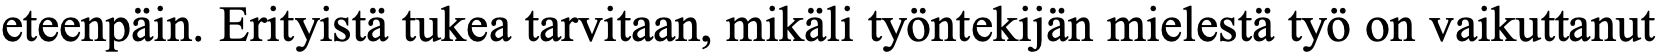
eteenpäin. Erityistä tukea tarvitaan, mikäli työntekijän mielestä työ on vaikuttanut